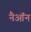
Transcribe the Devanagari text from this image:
नैऑन